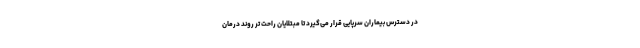
در دسترس بیماران سرپایی قرار می‌گیرد تا مبتلایان راحت تر روند درمان